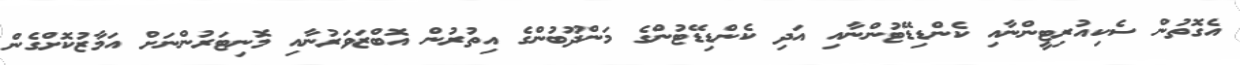
އެގޮތުން ސެކިއުރިޓީންނާއި ކެންޑިޑޭޓުންނާއި އަދި ކެންޑިޑޭޓުންގެ މަންދޫބުންގެ އިތުރުން އޮބްޒަވަރުނާއި މޮނިޓަރުންނަށް އަމާޒުކޮށްގެން